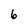
Character: 6